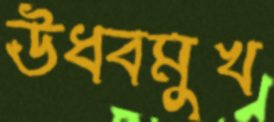
ঊধ্বমুখ